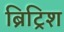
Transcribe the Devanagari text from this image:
ब्रिट्रिश